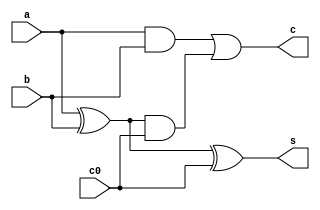
`timescale 1ns / 1ps
//////////////////////////////////////////////////////////////////////////////////
// Company: 
// Engineer: 
// 
// Design Name: 
// Module Name:    Full_Adder 
// Project Name: 
// Target Devices: 
// Tool versions: 
// Description: 
//
// Dependencies: 
//
// Revision: 
// Revision 0.01 - File Created
// Additional Comments: 
//
//////////////////////////////////////////////////////////////////////////////////
module FullAdder(s , c ,a , b , c0);
	input a , b , c0;
	output s , c;
	wire f1 , f2 , f3;
	and g1(f1 , a , b);
	xor g2(f2 , a , b);
	and g3(f3 , f2 , c0);
	or g4(c , f1 , f3);
	xor g5(s , f2 , c0);
endmodule